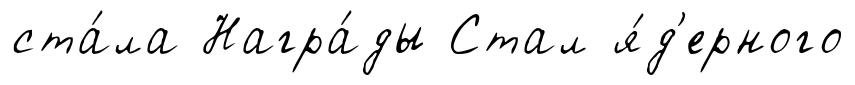
ста́ла Награ́ды Стал я́д'ерного